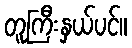
တူကြီးနှယ်ပင်။